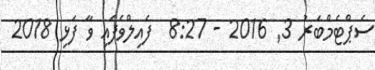
ސެޕްޓެމްބަރު 3